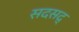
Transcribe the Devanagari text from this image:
सदसद्